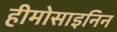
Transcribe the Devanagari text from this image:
हीमोसाइनिन